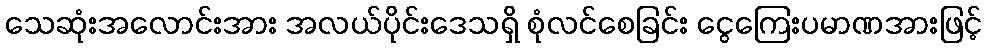
သေဆုံးအလောင်းအား အလယ်ပိုင်းဒေသရှိ စုံလင်စေခြင်း ငွေကြေးပမာဏအားဖြင့်